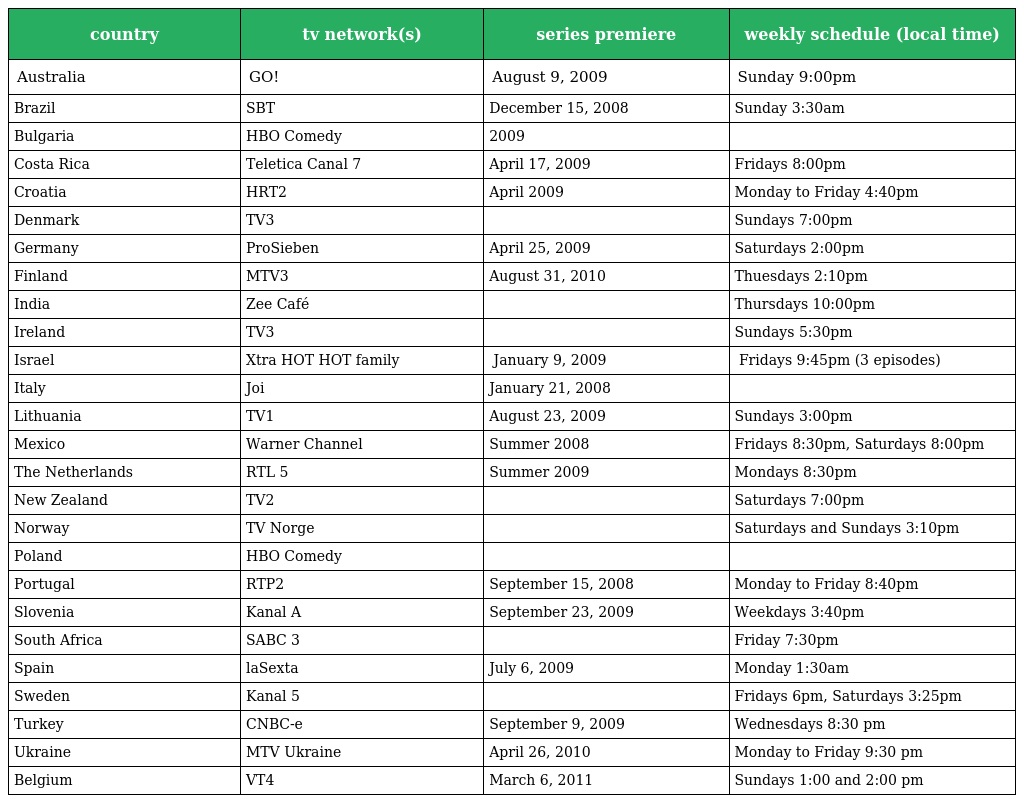
| country | tv network(s) | series premiere | weekly schedule (local time) |
 | --- | --- | --- | --- |
 | Australia | GO! | August 9, 2009 | Sunday 9:00pm |
 | Brazil | SBT | December 15, 2008 | Sunday 3:30am |
 | Bulgaria | HBO Comedy | 2009 |  |
 | Costa Rica | Teletica Canal 7 | April 17, 2009 | Fridays 8:00pm |
 | Croatia | HRT2 | April 2009 | Monday to Friday 4:40pm |
 | Denmark | TV3 |  | Sundays 7:00pm |
 | Germany | ProSieben | April 25, 2009 | Saturdays 2:00pm |
 | Finland | MTV3 | August 31, 2010 | Thuesdays 2:10pm |
 | India | Zee Café |  | Thursdays 10:00pm |
 | Ireland | TV3 |  | Sundays 5:30pm |
 | Israel | Xtra HOT HOT family | ‏ January 9, 2009 | ‏ Fridays 9:45pm (3 episodes) |
 | Italy | Joi | January 21, 2008 |  |
 | Lithuania | TV1 | August 23, 2009 | Sundays 3:00pm |
 | Mexico | Warner Channel | Summer 2008 | Fridays 8:30pm, Saturdays 8:00pm |
 | The Netherlands | RTL 5 | Summer 2009 | Mondays 8:30pm |
 | New Zealand | TV2 |  | Saturdays 7:00pm |
 | Norway | TV Norge |  | Saturdays and Sundays 3:10pm |
 | Poland | HBO Comedy |  |  |
 | Portugal | RTP2 | September 15, 2008 | Monday to Friday 8:40pm |
 | Slovenia | Kanal A | September 23, 2009 | Weekdays 3:40pm |
 | South Africa | SABC 3 |  | Friday 7:30pm |
 | Spain | laSexta | July 6, 2009 | Monday 1:30am |
 | Sweden | Kanal 5 |  | Fridays 6pm, Saturdays 3:25pm |
 | Turkey | CNBC-e | September 9, 2009 | Wednesdays 8:30 pm |
 | Ukraine | MTV Ukraine | April 26, 2010 | Monday to Friday 9:30 pm |
 | Belgium | VT4 | March 6, 2011 | Sundays 1:00 and 2:00 pm |